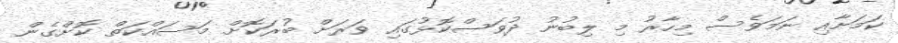
ކަމަށާއި ނަމަވެސް މިހާރު މި ލިބުނު ދުވަސްކޮޅުގައި ވަރަށް ބުރަކޮށް މަސައްކަތް ކޮށްގެން